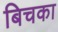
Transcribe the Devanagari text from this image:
बिचका